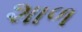
શાળ